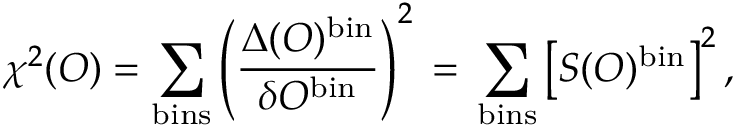
\chi ^ { 2 } ( { \cal O } ) = \sum _ { \mathrm { b i n s } } \left( \frac { \Delta ( { \cal O } ) ^ { \mathrm { b i n } } } { \delta { \cal O } ^ { \mathrm { b i n } } } \right) ^ { 2 } \, = \, \sum _ { \mathrm { b i n s } } \left[ { \cal S } ( { \cal O } ) ^ { \mathrm { b i n } } \right] ^ { 2 } ,